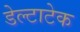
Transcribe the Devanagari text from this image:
डेल्टाटेक